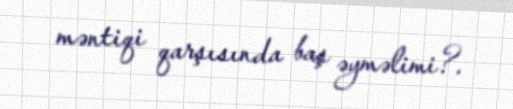
məntiqi qarşısında baş əyməlimi?.